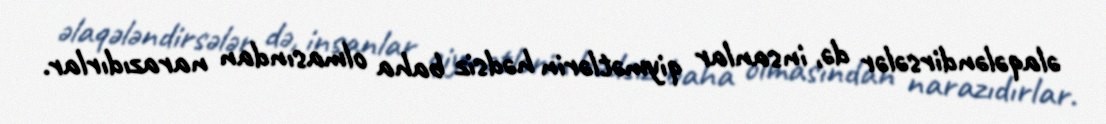
əlaqələndirsələr də, insanlar qiymətlərin hədsiz baha olmasından narazıdırlar.